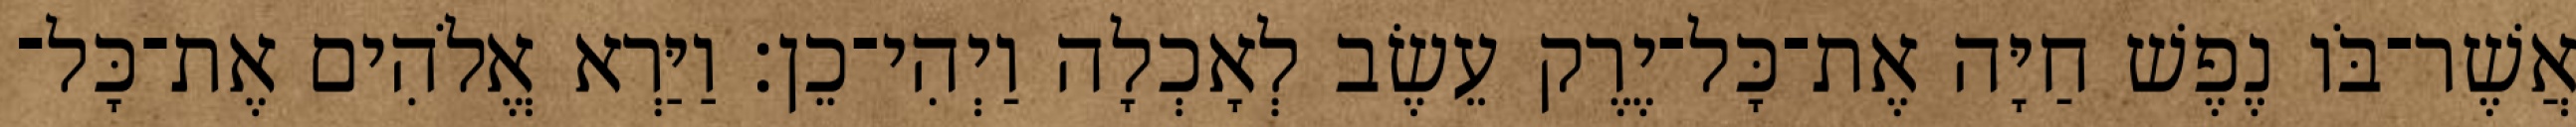
אֲשֶׁר־בֹּו נֶפֶשׁ חַיָּה אֶת־כָּל־יֶרֶק עֵשֶׂב לְאָכְלָה וַיְהִי־כֵן׃ וַיַּרְא אֱלֹהִים אֶת־כָּל־